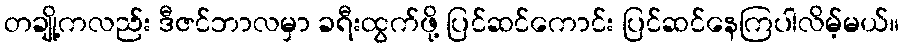
တချို့ကလည်း ဒီဇင်ဘာလမှာ ခရီးထွက်ဖို့ ပြင်ဆင်ကောင်း ပြင်ဆင်နေကြပါလိမ့်မယ်။